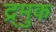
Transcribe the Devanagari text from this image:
द्र्मुक